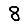
Digit: 8